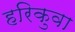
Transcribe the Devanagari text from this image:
हरिकुवा